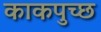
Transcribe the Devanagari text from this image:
काकपुच्छ